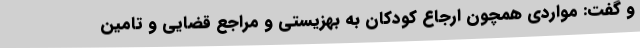
و گفت: مواردی همچون ارجاع کودکان به بهزیستی و مراجع قضایی و تامین